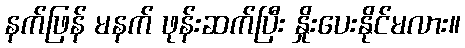
နက်ဖြန် မနက် ဖုန်းဆက်ပြီး နှိုးပေးနိုင်မလား။